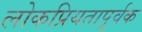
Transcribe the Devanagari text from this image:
लोकप्रियतापूर्वक